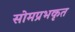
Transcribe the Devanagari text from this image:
सोमप्रभकृत